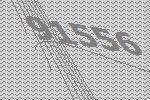
91556